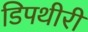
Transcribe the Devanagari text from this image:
डिपथीरी